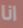
انا